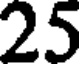
25